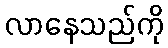
လာနေသည်ကို